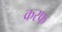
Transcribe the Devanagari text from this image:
करफ